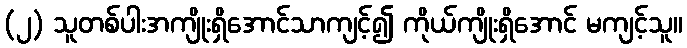
(၂) သူတစ်ပါးအကျိုးရှိအောင်သာကျင့်၍ ကိုယ်ကျိုးရှိအောင် မကျင့်သူ။